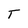
Character: T